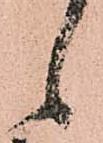
候